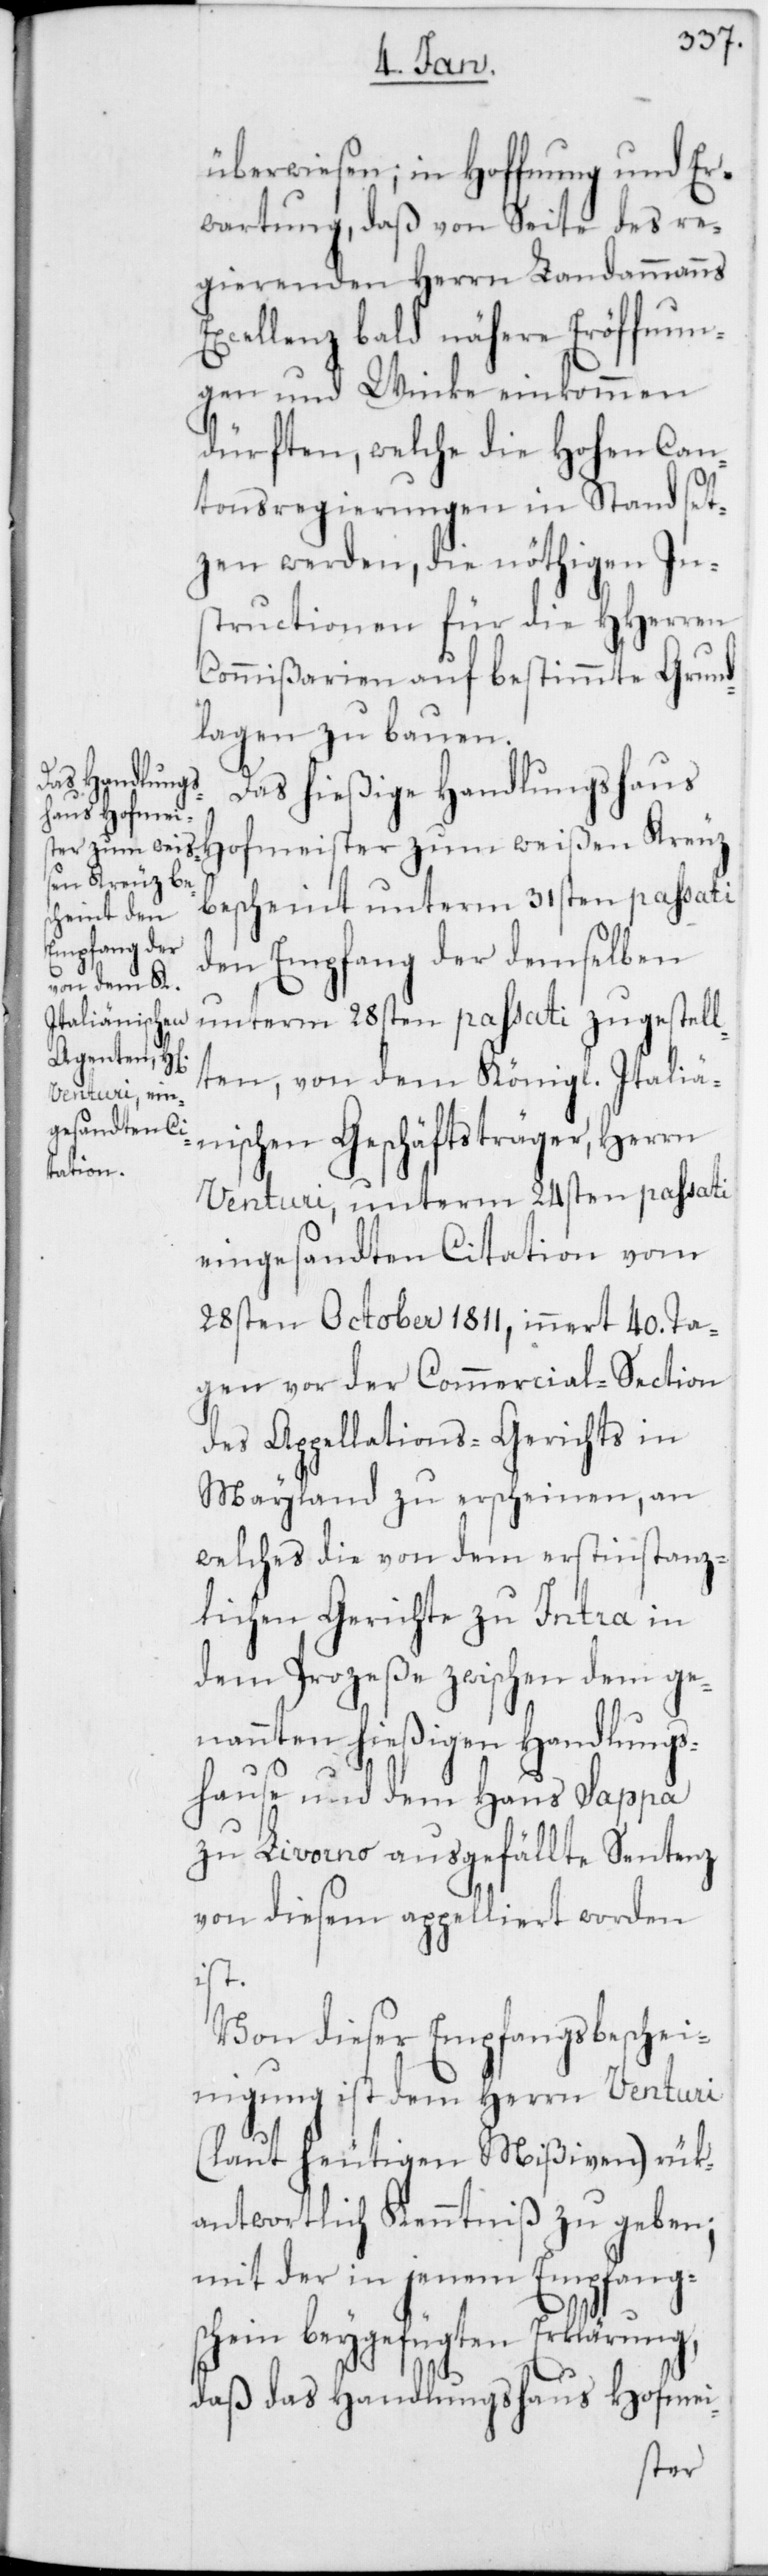
überwiesen; in Hoffnung und Er¬
wartung, daß von Seite des re¬
gierenden Herrn Landammanns
Excellenz, bald nähere Eröffnun¬
gen und Winke einkommen
dürften, welche die Hohen Can¬
tonsregierungen in Stand set¬
zen werden, die nöthigen In¬
structionen für die HHerren
Commißarien auf bestimmte Grund¬
lagen zu bauen.
Das hießige Handlungshaus
Hofmeister zum weißen Kreuz
bescheint unterm 31sten passati
den Empfang der demselben
unterm 28sten passati zugestell¬
ten, von dem Königl. Italie¬
nischen Geschäftsträger, Herrn
Venturi, unterm 24sten passati
eingesandten Citation vom
28sten October 1811, innert 40. Ta¬
gen vor der Commercial-Section
des Appellations-Gerichts in
Mayland zu erscheinen, an
welches die von dem erstinstanz¬
lichen Gerichte zu Intra in
dem Prozeße zwischen dem ge¬
nannten hießigen Handlungs¬
hause und dem Haus Sappa
zu Livorno ausgefällte Sentenz
von diesem appelliert worden
ist.
Von dieser Empfangsbeschei¬
nigung ist dem Herrn Venturi
(laut heutigen Mißiven) rük¬
antwortlich Kenntniß zu geben;
mit der in jenem Empfangs¬
chein beygefügten Erklärung,
daß das Handlungshaus Hofmei-